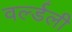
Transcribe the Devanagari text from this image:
वर्ल्डली